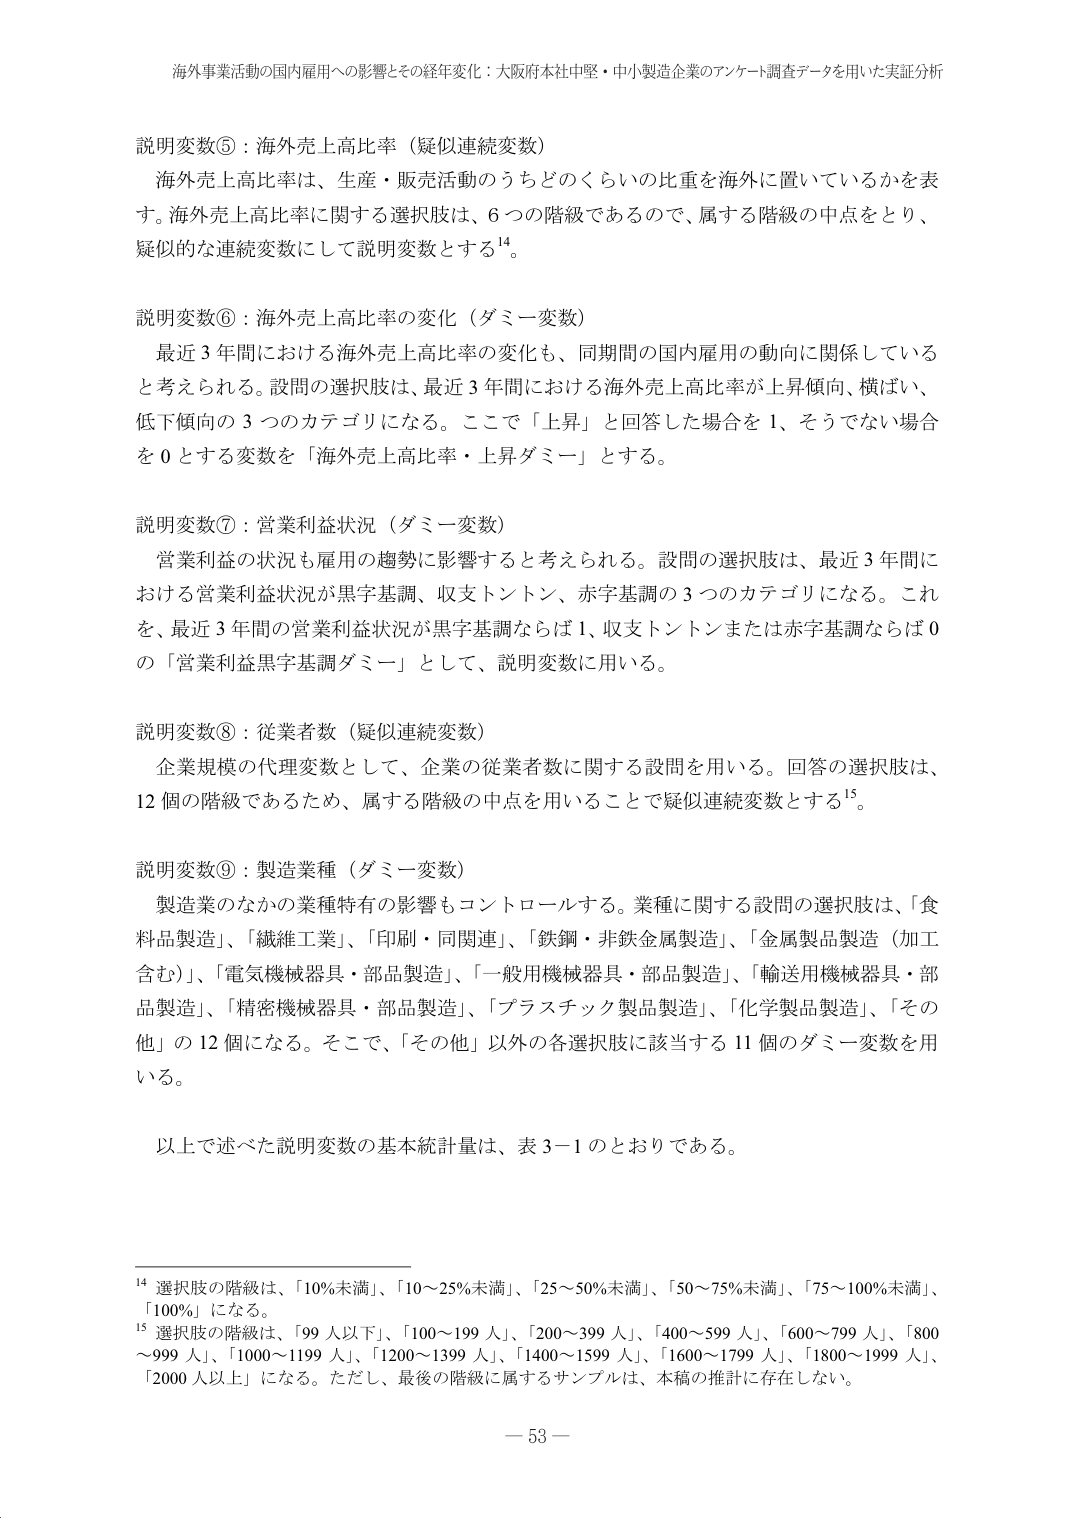
海外事業活動の国内雇用への影響とその経年変化：大阪府本社中堅・中小製造企業のアンケート調査データを用いた実証分析

説明変数⑤：海外売上高比率（疑似連続変数）
　海外売上高比率は、生産・販売活動のうちどのくらいの比重を海外に置いているかを表す。海外売上高比率に関する選択肢は、6つの階級であるので、属する階級の中点をとり、疑似な連続変数にして説明変数とする¹⁴。

説明変数⑥：海外売上高比率の変化（ダミー変数）
　最近3年間における海外売上高比率の変化も、同期間の国内雇用の動向に関係していると考えられる。設問の選択肢は、最近3年間における海外売上高比率が上昇傾向、横ばい、低下傾向の3つのカテゴリになる。ここで「上昇」と回答した場合を1、そうでない場合を0とする変数を「海外売上高比率・上昇ダミー」とする。

説明変数⑦：営業利益状況（ダミー変数）
　営業利益の状況も雇用の趨勢に影響すると考えられる。設問の選択肢は、最近3年間における営業利益状況が黒字基調、収支トントン、赤字基調の3つのカテゴリになる。これを、最近3年間の営業利益状況が黒字基調ならば1、収支トントンまたは赤字基調ならば0の「営業利益黒字基調ダミー」として、説明変数に用いる。

説明変数⑧：従業者数（疑似連続変数）
　企業規模の代理変数として、企業の従業者数に関する設問を用いる。回答の選択肢は、12個の階級であるため、属する階級の中点を用いることで疑似連続変数とする¹⁵。

説明変数⑨：製造業種（ダミー変数）
　製造業のなかの業種特有の影響もコントロールする。業種に関する設問の選択肢は、「食料品製造」、「繊維工業」、「印刷・同関連」、「鉄鋼・非鉄金属製造」、「金属製品製造（加工含む）」、「電気機械器具・部品製造」、「一般用機械器具・部品製造」、「輸送用機械器具・部品製造」、「精密機械器具・部品製造」、「プラスチック製品製造」、「化学製品製造」、「その他」の12個になる。そこで、「その他」以外の各選択肢に該当する11個のダミー変数を用いる。

以上で述べた説明変数の基本統計量は、表3-1のとおりである。

¹⁴ 選択肢の階級は、「10%未満」、「10～25%未満」、「25～50%未満」、「50～75%未満」、「75～100%未満」、「100%」になる。
¹⁵ 選択肢の階級は、「99人以下」、「100～199人」、「200～399人」、「400～599人」、「600～799人」、「800～999人」、「1000～1199人」、「1200～1399人」、「1400～1599人」、「1600～1799人」、「1800～1999人」、「2000人以上」になる。ただし、最後の階級に属するサンプルは、本稿の推計に存在しない。

— 53 —